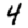
Digit: 4